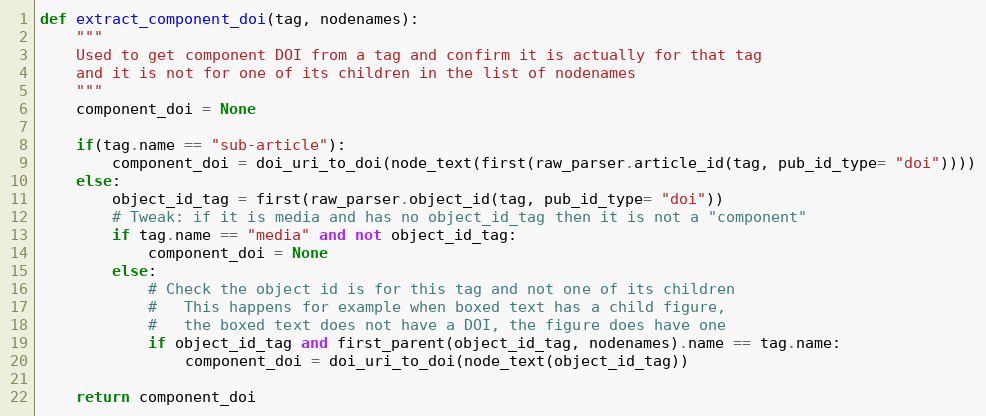
Language: Python
def extract_component_doi(tag, nodenames):
    """
    Used to get component DOI from a tag and confirm it is actually for that tag
    and it is not for one of its children in the list of nodenames
    """
    component_doi = None

    if(tag.name == "sub-article"):
        component_doi = doi_uri_to_doi(node_text(first(raw_parser.article_id(tag, pub_id_type= "doi"))))
    else:
        object_id_tag = first(raw_parser.object_id(tag, pub_id_type= "doi"))
        # Tweak: if it is media and has no object_id_tag then it is not a "component"
        if tag.name == "media" and not object_id_tag:
            component_doi = None
        else:
            # Check the object id is for this tag and not one of its children
            #   This happens for example when boxed text has a child figure,
            #   the boxed text does not have a DOI, the figure does have one
            if object_id_tag and first_parent(object_id_tag, nodenames).name == tag.name:
                component_doi = doi_uri_to_doi(node_text(object_id_tag))

    return component_doi